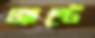
ভ্যান্টে